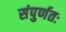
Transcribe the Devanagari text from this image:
संपुर्णतः